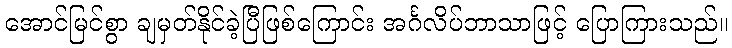
အောင်မြင်စွာ ချမှတ်နိုင်ခဲ့ပြီဖြစ်ကြောင်း အင်္ဂလိပ်ဘာသာဖြင့် ပြောကြားသည်။